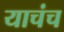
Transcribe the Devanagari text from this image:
याचंच